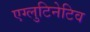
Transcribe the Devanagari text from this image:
एग्लुटिनेटिव